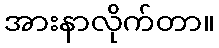
အားနာလိုက်တာ။